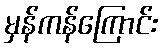
မှန်ကန်ကြောင်း